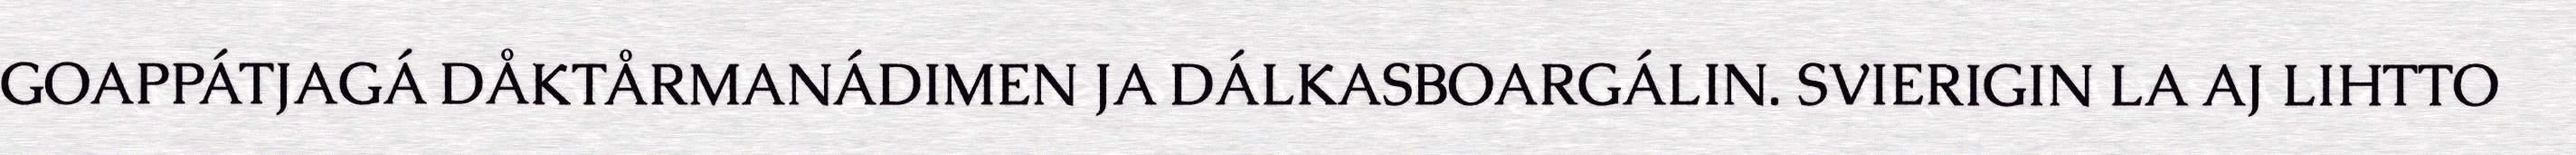
GOAPPÁTJAGÁ DÅKTÅRMANÁDIMEN JA DÁLKASBOARGÁLIN. SVIERIGIN LA AJ LIHTTO